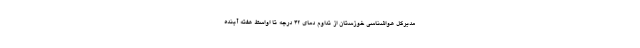
مدیرکل هواشناسی خوزستان از تداوم دمای ۴۲ درجه تا اواسط هفته آینده